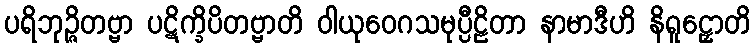
ပရိဘုဉ္ဇိတဗ္ဗာ ပဋိက္ခိပိတဗ္ဗာတိ ဝါယုဝေဂသမုပ္ပီဠိတာ နာမာဒီဟိ နိရူဠှောတိ